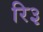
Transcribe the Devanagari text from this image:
रि३